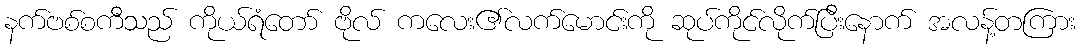
နက်ဗစ်စကီသည် ကိုယ်ရံတော် ဗိုလ် ကလေး၏လက်မောင်းကို ဆုပ်ကိုင်လိုက်ပြီးနောက် အလန့်တကြား